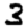
Digit: 3